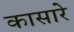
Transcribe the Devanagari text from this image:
कासारे